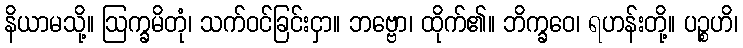
နိယာမသို့။ ဩက္ခမိတုံ၊ သက်ဝင်ခြင်းငှာ။ ဘဗ္ဗော၊ ထိုက်၏။ ဘိက္ခဝေ၊ ရဟန်းတို့။ ပဉ္စဟိ၊